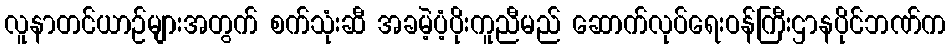
လူနာတင်ယာဉ်များအတွက် စက်သုံးဆီ အခမဲ့ပံ့ပိုးကူညီမည် ဆောက်လုပ်ရေးဝန်ကြီးဌာနပိုင်ဘဏ်က